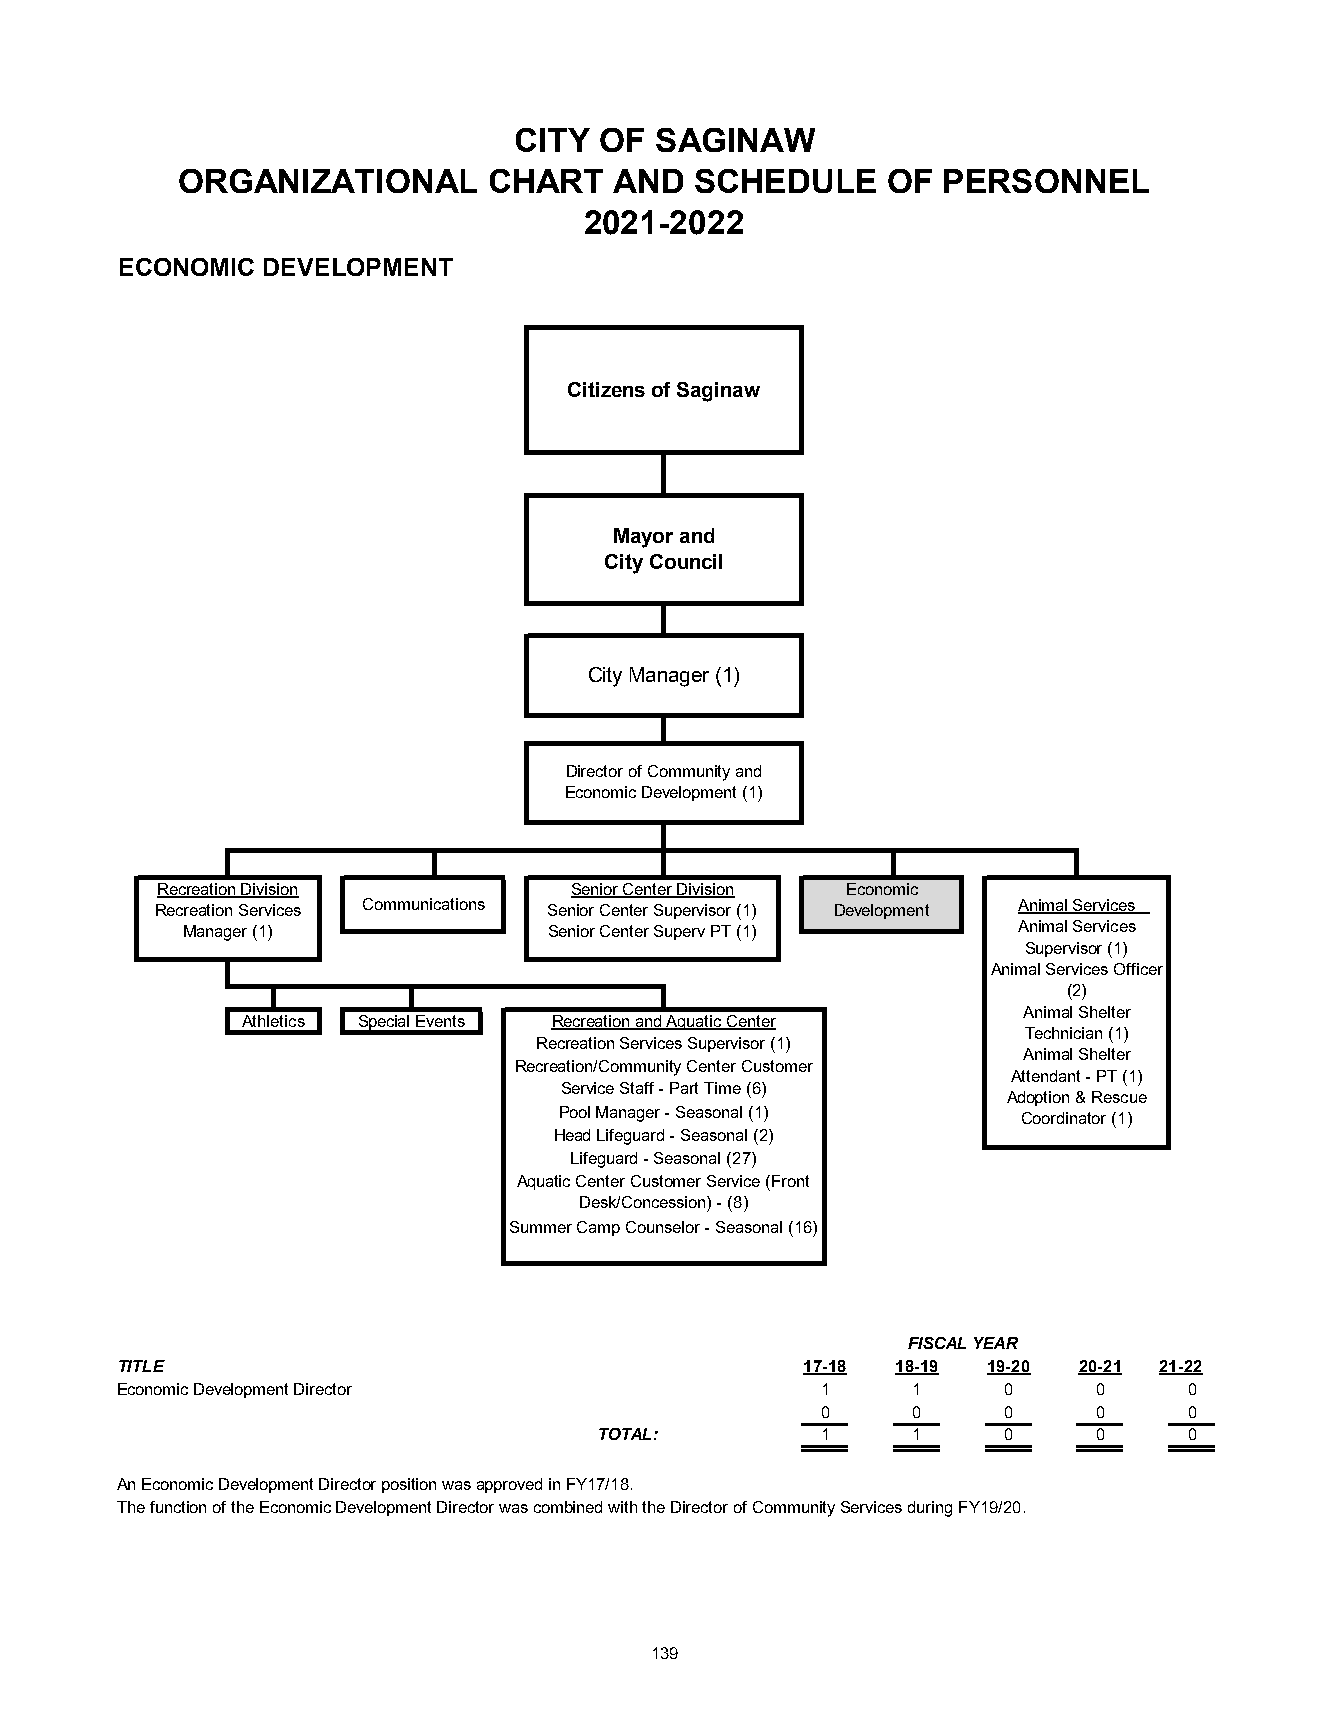
CITY  OF SAGINAW
 ORGANIZATIONAL      CHART    AND  SCHEDULE     OF PERSONNEL
 2021-2022
 ECONOMIC DEVELOPMENT
 Citizens of Saginaw
 Mayor and
 City Council
 City Manager (1)
 Director of Community and
 Economic Development (1)
 Recreation Division         Senior Center Division Economic
 Recreation Services Communications Senior Center Supervisor (1) Development Animal Services
 Manager (1)             Senior Center Superv PT (1)    Animal Services
 Supervisor (1)
 Animal Services Officer
 (2)
 Animal Shelter
 Athletics Special Events Recreation and Aquatic Center
 Technician (1)
 Recreation Services Supervisor (1)
 Animal Shelter
 Recreation/Community Center Customer
 Attendant - PT (1)
 Service Staff - Part Time (6)
 Adoption & Rescue
 Pool Manager - Seasonal (1)    Coordinator (1)
 Head Lifeguard - Seasonal (2)
 Lifeguard - Seasonal (27)
 Aquatic Center Customer Service (Front
 Desk/Concession) - (8)
 Summer Camp Counselor - Seasonal (16)
 FISCAL YEAR
 TITLE                                        17-18 18-19 19-20 20-21 21-22
 Economic Development Director                 1     1     0      0     0
 0     0     0      0     0
 TOTAL:        1     1     0      0     0
 An Economic Development Director position was approved in FY17/18.
 The function of the Economic Development Director was combined with the Director of Community Services during FY19/20.
 139